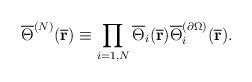
LaTeX: \begin{align*}\overline{\Theta }^{(N)}(\overline{\mathbf{r}})\equiv \prod\limits_{i=1,N}\overline{\Theta }_{i}(\overline{\mathbf{r}})\overline{\Theta }_{i}^{(\partial \Omega )}(\overline{\mathbf{r}}). \end{align*}